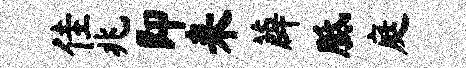
佳兆即耒薜胝庭